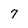
Character: 7